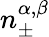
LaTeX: n_{\pm}^{\alpha,\beta}